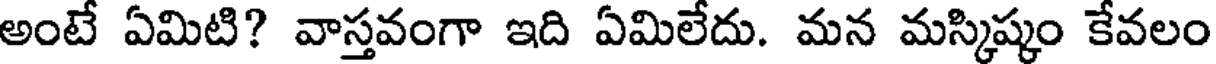
అంటే ఏమిటి? వాస్తవంగా ఇది ఏమిలేదు. మన మస్కిష్కం కేవలం